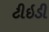
ટીઇડી